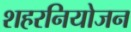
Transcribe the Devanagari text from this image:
शहरनियोजन